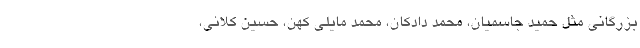
بزرگانی مثل حمید جاسمیان، محمد دادکان، محمد مایلی کهن، حسین کلانی،